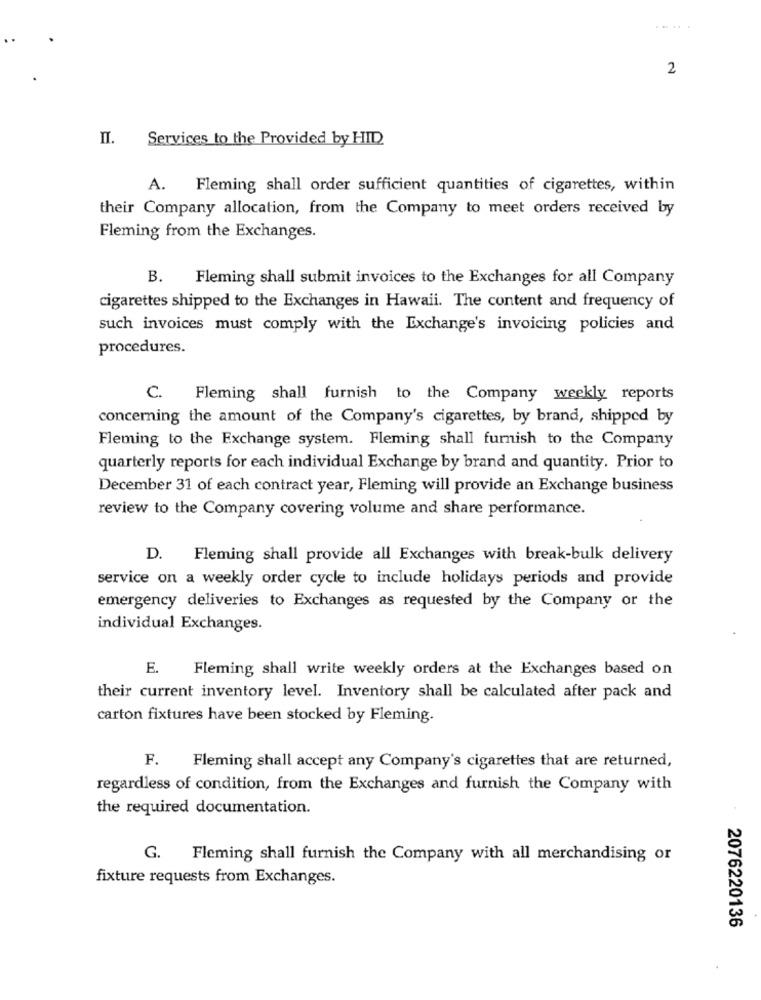
.....
2
IT.
Services to the Provided by HID
A. Fleming shall order sufficient quantities of cigarettes, within
their Company allocation, from the Company to meet orders received by
Fleming from the Exchanges.
B. Fleming shall submit invoices to the Exchanges for all Company
cigarettes shipped to the Exchanges in Hawaii. The content and frequency of
such invoices must comply with the Exchange's invoicing policies and
procedures.
c.
Fleming shall furnish to the Company weekly reports
concerning the amount of the Company's cigarettes, by brand, shipped by
Fleming to the Exchange system. Fleming shall furnish to the Company
quarterly reports for each individual Exchange by brand and quantity. Prior to
December 31 of each contract year, Fleming will provide an Exchange business
review to the Company covering volume and share performance.
D.
Fleming shall provide all Exchanges with break-bulk delivery
service on a weekly order cycle to include holidays periods and provide
emergency deliveries to Exchanges as requested by the Company or the
individual Exchanges.
E.
Fleming shall write weekly orders at the Exchanges based on
their current inventory level. Inventory shall be calculated after pack and
carton fixtures have been stocked by Fleming.
F.
Fleming shall accept any Company's cigarettes that are returned,
regardless of condition, from the Exchanges and furnish the Company with
the required documentation.
G. Fleming shall furnish the Company with all merchandising or
fixture requests from Exchanges.
2076220136